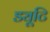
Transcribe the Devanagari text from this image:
ड्यूटि